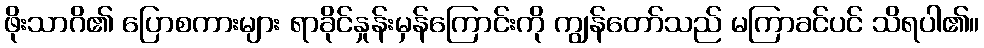
ဖိုးသာဂိ၏ ပြောစကားများ ရာခိုင်နှုန်းမှန်ကြောင်းကို ကျွန်တော်သည် မကြာခင်ပင် သိရပါ၏။